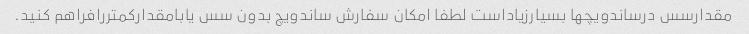
مقدارسس درساندویچها بسیارزیاداست لطفا امکان سفارش ساندویچ بدون سس یابامقدارکمتررافراهم کنید.